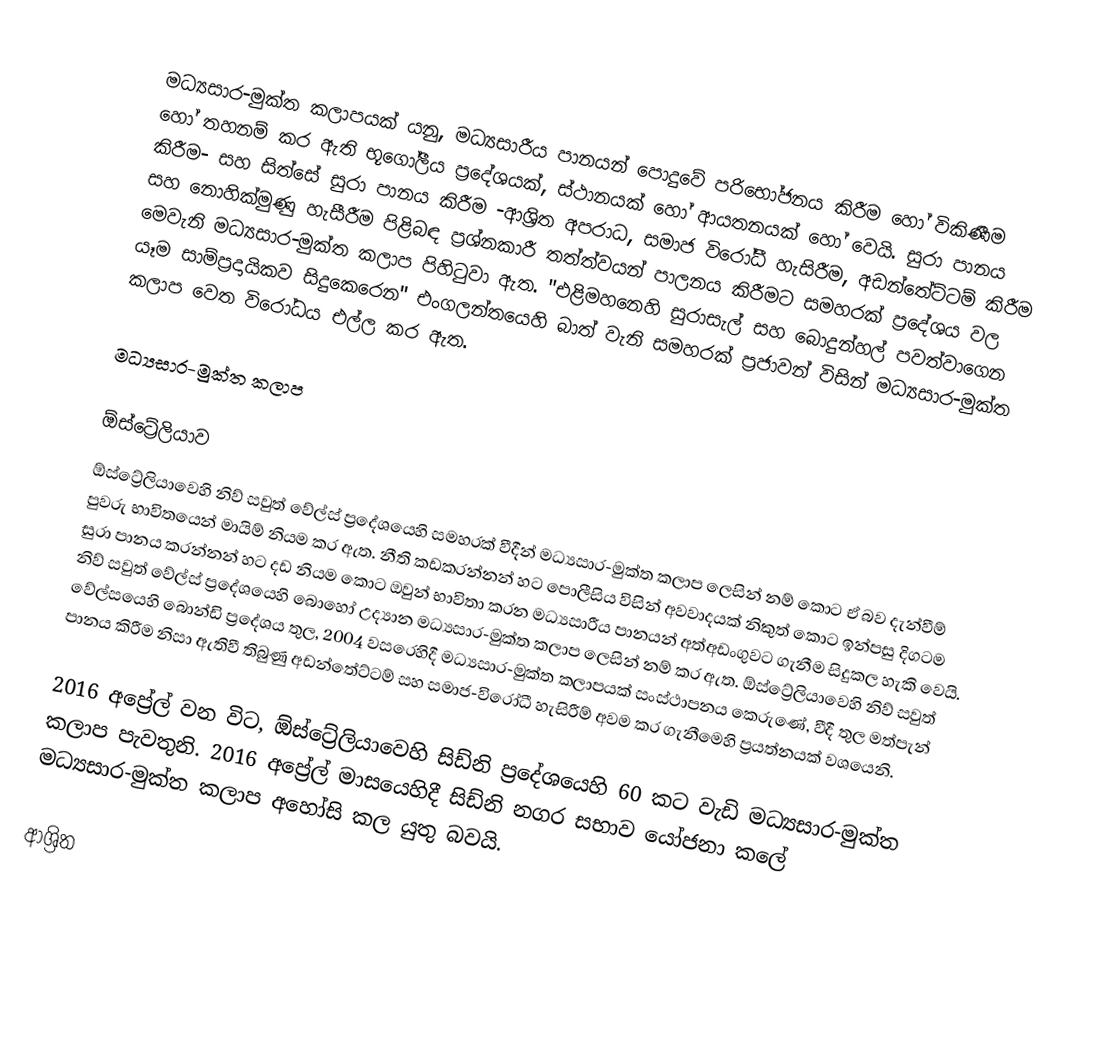
මධ්‍යසාර-මුක්ත කලාපයක් යනු, මධ්‍යසාරීය පානයන් පොදුවේ පරිභෝජනය කිරීම හෝ විකිණීම හෝ තහනම් කර ඇති භූගෝලීය ප්‍රදේශයක්, ස්ථානයක් හෝ  ආයතනයක් හෝ වෙයි.  සුරා පානය කිරීම- සහ සිත්සේ සුරා පානය කිරීම -ආශ්‍රිත අපරාධ, සමාජ විරෝධී හැසිරීම, අඩන්තේට්ටම් කිරීම සහ නොහික්මුණු හැසීරීම පිළිබඳ ප්‍රශ්නකාරී තත්ත්වයන් පාලනය කිරීමට සමහරක් ප්‍රදේශය වල මෙවැනි මධ්‍යසාර-මුක්ත කලාප පිහිටුවා ඇත. "එළිමහනෙහි සුරාසැල් සහ බොදුන්හල් පවත්වාගෙන යෑම සාම්ප්‍රදායිකව සිදුකෙරෙන" එංගලන්තයෙහි බාත් වැනි සමහරක් ප්‍රජාවන් විසින් මධ්‍යසාර-මුක්ත කලාප  වෙත විරෝධය එල්ල කර ඇත.

මධ්‍යසාර-මුක්ත කලාප

ඕස්ට්‍රේලියාව
ඕස්ට්‍රේලියාවෙහි නිව් සවුත් වේල්ස් ප්‍රදේශයෙහි සමහරක් වීදීන් මධ්‍යසාර-මුක්ත කලාප ලෙසින් නම් කොට ඒ බව දැන්වීම් පුවරු භාවිතයෙන්  මායිම් නියම කර ඇත. නීති කඩකරන්නන් හට පොලීසිය විසින් අවවාදයක් නිකුත් කොට ඉන්පසු දිගටම සුරා පානය කරන්නන් හට දඩ නියම කොට ඔවුන් භාවිතා කරන මධ්‍යසාරීය පානයන් අත්අඩංගුවට ගැනීම සිදුකල හැකි වෙයි. නිව් සවුත් වේල්ස් ප්‍රදේශයෙහි බොහෝ උද්‍යාන මධ්‍යසාර-මුක්ත කලාප ලෙසින් නම් කර ඇත. ඕස්ට්‍රේලියාවෙහි නිව් සවුත් වේල්සයෙහි බොන්ඩි ප්‍රදේශය තුල, 2004 වසරෙහිදී මධ්‍යසාර-මුක්ත කලාපයක් සංස්ථාපනය කෙරුණේ, වීදී තුල මත්පැන් පානය කිරීම නිසා ඇතිවී තිබුණු අඩන්තේට්ටම් සහ සමාජ-විරෝධී හැසිරීම් අවම කර ගැනීමෙහි ප්‍රයත්නයක් වශයෙනි.

2016 අප්‍රේල් වන විට, ඕස්ට්‍රේලියාවෙහි සිඩ්නි ප්‍රදේශයෙහි  60 කට වැඩි මධ්‍යසාර-මුක්ත කලාප පැවතුනි.  2016 අප්‍රේල් මාසයෙහිදී සිඩ්නි නගර සභාව යෝජනා කලේ මධ්‍යසාර-මුක්ත කලාප අහෝසි කල යුතු බවයි.

ආශ්‍රිත